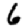
Digit: 6